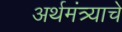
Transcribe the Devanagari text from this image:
अर्थमंत्र्याचे